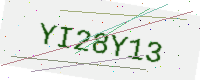
Text: YI28Y13